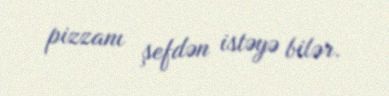
pizzanı şefdən istəyə bilər.